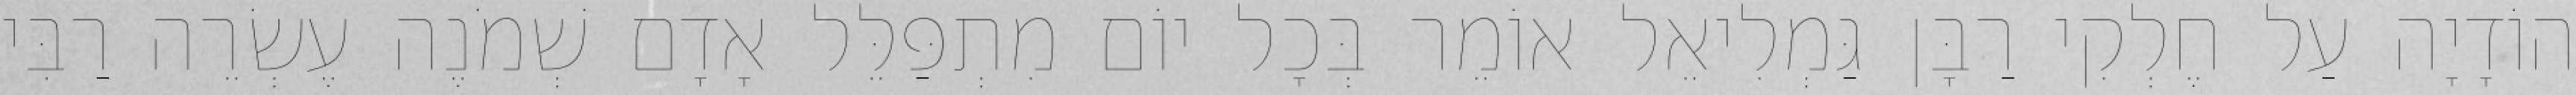
הוֹדָיָה עַל חֶלְקִי רַבָּן גַּמְלִיאֵל אוֹמֵר בְּכָל יוֹם מִתְפַּלֵּל אָדָם שְׁמֹנֶה עֶשְׂרֵה רַבִּי